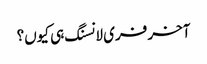
آخر فری لانسنگ ہی کیوں؟